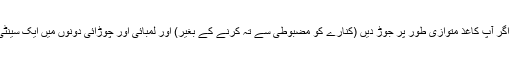
اشارہ: یہ قدم خاص طور پر آسان ہے اگر آپ کاغذ متوازی طور پر جوڑ دیں (کنارے کو مضبوطی سے تہ کرنے کے بغیر) اور لمبائی اور چوڑائی دونوں میں ایک سینٹی میٹر چوڑائی کی ایک پٹی کاٹ دیں۔